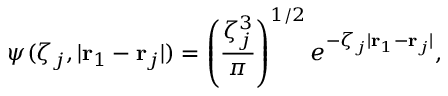
\psi ( \zeta _ { j } , | \mathbf { r } _ { 1 } - \mathbf { r } _ { j } | ) = \left( \frac { \zeta _ { j } ^ { 3 } } { \pi } \right) ^ { 1 / 2 } e ^ { - \zeta _ { j } | \mathbf { r } _ { 1 } - \mathbf { r } _ { j } | } ,